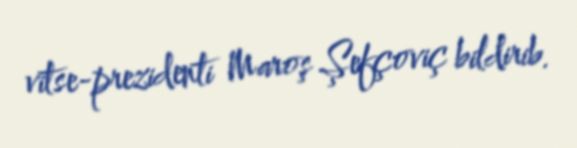
vitse-prezidenti Maroş Şefçoviç bildirib.